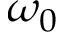
\omega _ { 0 }